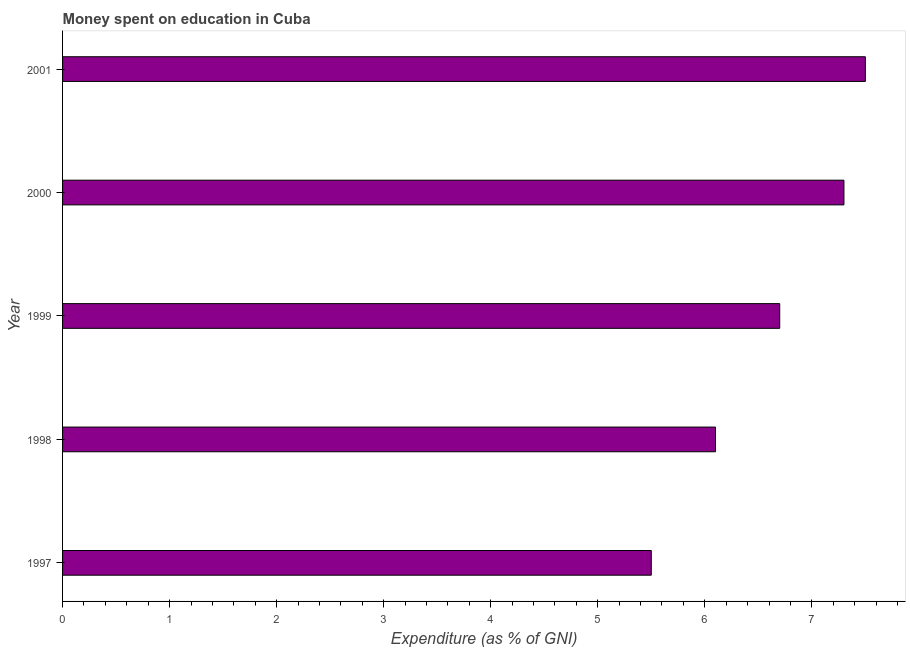
| Year | Education expenditure |
 | --- | --- |
 | 1997 | 5.5 |
 | 1998 | 6.1 |
 | 1999 | 6.7 |
 | 2000 | 7.3 |
 | 2001 | 7.5 |